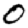
Digit: 0